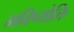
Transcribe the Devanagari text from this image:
भविष्योक्ति